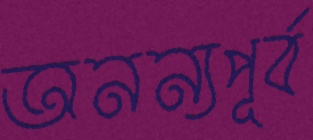
অনন্যপূর্ব